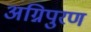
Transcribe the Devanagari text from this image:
अग्निपुरण